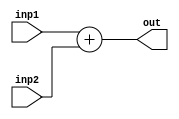
module adder(input [31:0] inp1 , inp2,output reg [31:0] out);\n\tassign out = inp1 + inp2;\nendmodule